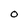
Character: 0